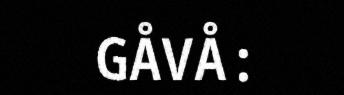
GÅVÅ: